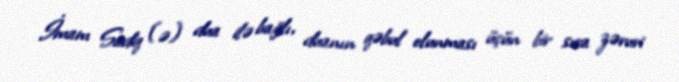
İmam Sadiq (ə) dua ilə bağlı, duanın qəbul olunması üçün bir sıra zəruri